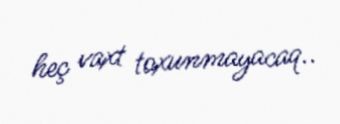
heç vaxt toxunmayacaq..